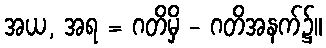
အယ, အရ = ဂတိမှိ - ဂတိအနက်၌။